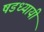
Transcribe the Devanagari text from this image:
षडध्यायी